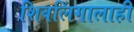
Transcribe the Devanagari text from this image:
शिवलिंगालाही